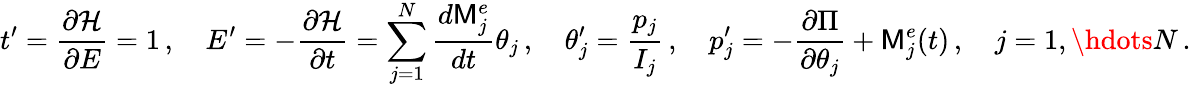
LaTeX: t^{\prime}=\frac{\partial\mathcal{H}}{\partial E}=1\, ,\quad E^{\prime}=-\frac{\partial\mathcal{H}}{\partial t}=\sum_{j=1}^{N}\frac{d\mathsf{M}_{j}^{e}}{dt}\theta_{j}\, ,\quad\theta_{j}^{\prime}=\frac{p_{j}}{I_{j}}\, ,\quad p_{j}^{\prime}=-\frac{\partial\Pi}{\partial\theta_{j}}+\mathsf{M}_{j}^{e}(t)\, ,\quad j=1,\hdots N\, .